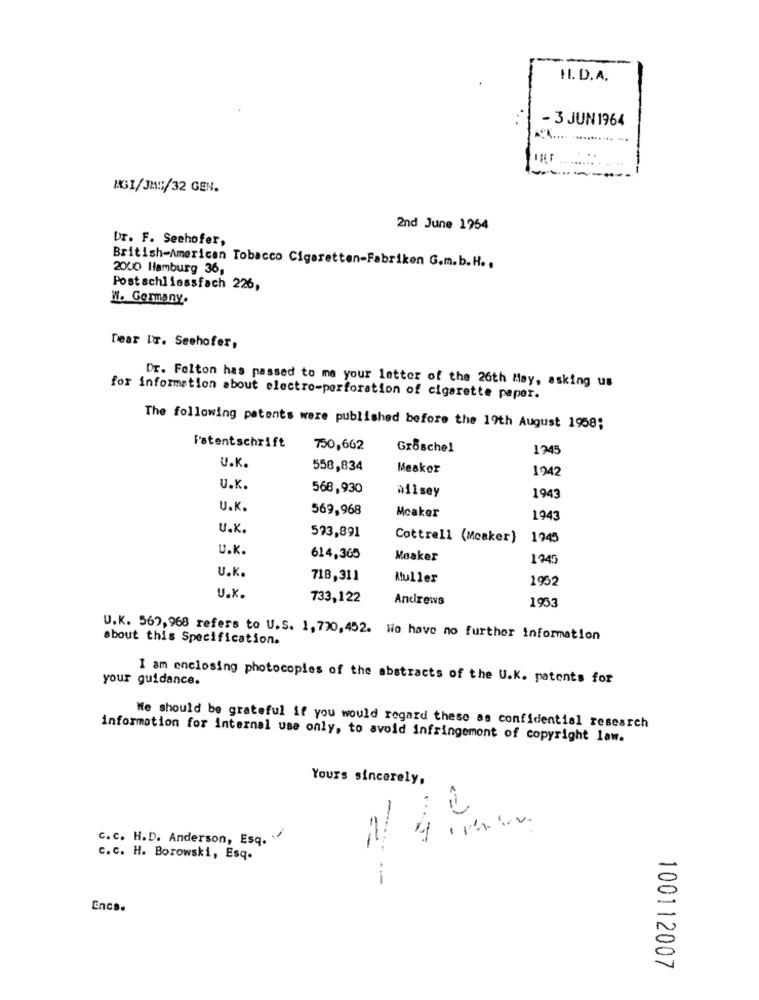
HI. D.A.
- 3 JUN 1964
MAGI/JAS/32 GEN.
2nd June 1954
Dr. F. Seehofer,
2000 Hamburg 36,
British-American Tobacco Cigaretten-Fabriken G.m.b.H ..
Postschliessfach 226,
W. Germany.
Dear LT. Seehofer,
Dr. Folton has passed to me your letter of the 26th May, asking us
for information about electro-perforation of cigarette paper.
The following patents were published before the 19th August 1958;
Patentschrift
750,662
Groschel
1245
U.K.
558,834
Meskor
1942
U.K.
568,930
hilsey
1943
U.K.
569,968
Mcaker
1943
U.K.
573,891
Cottrell (Mcaker)
1945
U.K.
614,365
Mesker
1945
U.K.
718,311
Muller
1952
U.K.
733,122
Andrews
1953
U.K. 567,968 refers to U.S. 1, 730, 452. Wie have no further information
about this Specification.
your guidance.
I am enclosing photocopies of the abstracts of the U.K. patents for
We should be grateful if you would regard these as confidential research
information for internal use only, to avoid infringement of copyright law.
Yours sincerely,
c.c. H.D. Anderson, Esq.
-
c.c. H. Borowski, Esq.
Encs.
100112007